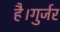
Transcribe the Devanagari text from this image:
है।गुर्जर